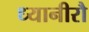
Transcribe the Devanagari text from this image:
ध्यानीरौ